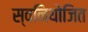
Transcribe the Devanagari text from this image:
स्वनियोजित